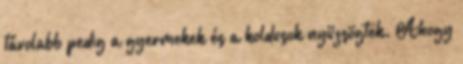
távolabb pedig a gyermekek és a koldusok nyüzsögtek. Ahogy